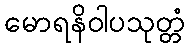
မောရနိဝါပသုတ္တံ